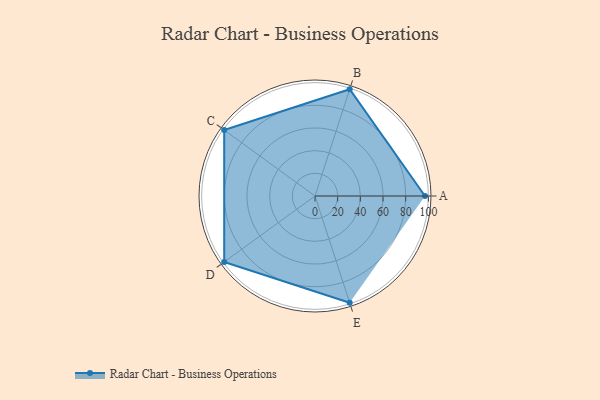
{"axis": {"x": "Skill", "y": "Score"}, "legend": ["Profile"], "data": [{"x": "A", "y": 97.0, "type": "Profile"}, {"x": "B", "y": 99, "type": "Profile"}, {"x": "C", "y": 99, "type": "Profile"}, {"x": "D", "y": 99, "type": "Profile"}, {"x": "E", "y": 99, "type": "Profile"}]}